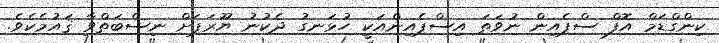
ކިންގްޑަމް އޮފް ސްޕެއިން ނުވަތަ އިސްޕެއިންއަކީ ހުޅަނގު ދެކުނު ޔޫރަޕަށް ނިސްބަތްވާ ޤައުމެކެވެ.